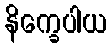
နိက္ခေပါယ